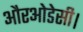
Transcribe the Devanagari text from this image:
औरओडेसी।